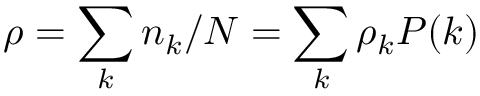
\rho = \sum _ { k } n _ { k } / N = \sum _ { k } \rho _ { k } P ( k )